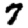
Digit: 7